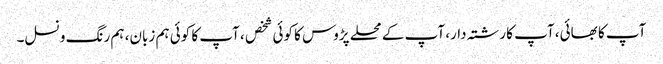
آپ کا بھائی، آپ کا رشتہ دار، آپ کے محلے پڑوس کا کوئی شخص ، آپ کا کوئی ہم زبان، ہم رنگ و نسل۔